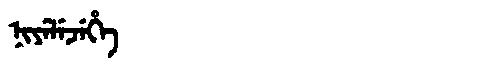
Manchu: ᠨᡳᠶᡝᠯᡝᠵᡝᡥᡝ
Romanization: NIYELEJEHE